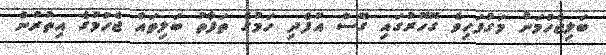
ބަލިޖެހުމަށް މަގުފަހިވެ ގޮހޮރުގައި ގޭސް އުފެދި ހަމުގެ ތަފާތު ބަލިތައް ޖެހުމުގެ އިތުރުން